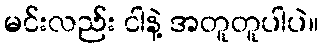
မင်းလည်း ငါနဲ့ အတူတူပါပဲ။